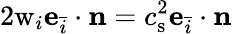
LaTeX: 2\mathrm{w}_{i}\mathbf{e}_{\bar{i}}\cdot\mathbf{n}=c_{\mathrm{s}}^{2}\mathbf{e}_{\bar{i}}\cdot\mathbf{n}